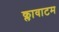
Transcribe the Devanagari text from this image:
क्लावाटम